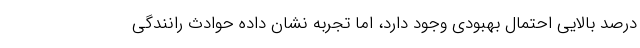
درصد بالایی احتمال بهبودی وجود دارد، اما تجربه نشان داده حوادث رانندگی